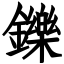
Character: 鑠